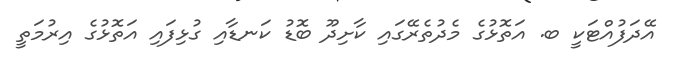
އޭދަފުއްޓަކީ ބ. އަތޮޅުގެ މެދުތެރޭގައި ކާށިދޫ ބޮޑު ކަނޑާއި ގުޅިފައި އަތޮޅުގެ އިރުމަތީ